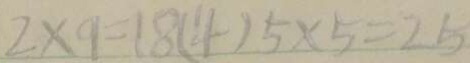
2 \times 9 = 1 8 ( 4 ) 5 \times 5 = 2 5